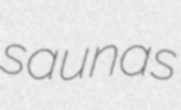
saunas